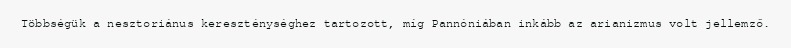
Többségük a nesztoriánus kereszténységhez tartozott, míg Pannóniában inkább az arianizmus volt jellemző.